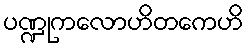
ပဏ္ဍုကလောဟိတကေဟိ